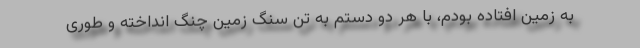
به زمین افتاده بودم، با هر دو دستم به تن سنگ زمین چنگ انداخته و طوری